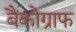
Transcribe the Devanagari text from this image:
बैंकोग्राफ